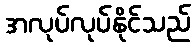
အလုပ်လုပ်နိုင်သည်